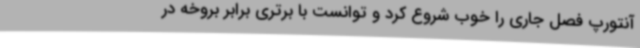
آنتورپ فصل جاری را خوب شروع کرد و توانست با برتری برابر بروخه در